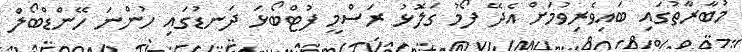
މުބާރާތުގައި ބައިވެރިވުމަށް އެދޭ ފޯމު ގަލޮޅު ރަސްމީ ފުޓްބޯޅަ ދަނޑުގައި ހުންނަ ހޭންޑްބޯލް